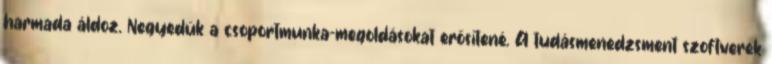
harmada áldoz. Negyedük a csoportmunka-megoldásokat erősítené. A tudásmenedzsment szoftverek